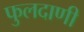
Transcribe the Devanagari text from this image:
फुलदाणी